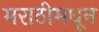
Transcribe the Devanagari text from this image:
मराठीमधून